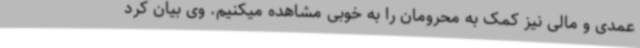
عمدی و مالی نیز کمک به محرومان را به خوبی مشاهده میکنیم. وی بیان کرد